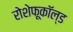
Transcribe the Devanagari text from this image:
रोशेफूकॉल्ड